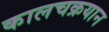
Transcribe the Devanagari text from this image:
कालचक्रयान